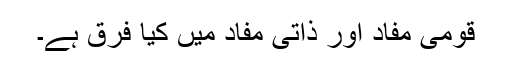
قومی مفاد اور ذاتی مفاد میں کیا فرق ہے۔